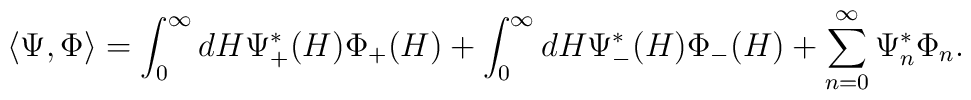
\langle \Psi ,\Phi \rangle =\int _{0}^{\infty }dH\Psi _{+}^{*}(H)\Phi _{+}(H)+\int _{0}^{\infty }dH\Psi _{-}^{*}(H)\Phi _{-}(H)+\sum _{n=0}^{\infty }\Psi _{n}^{*}\Phi _{n}.